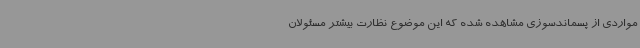
مواردی از پسماندسوزی‌ مشاهده شده که این موضوع نظارت بیشتر مسئولان